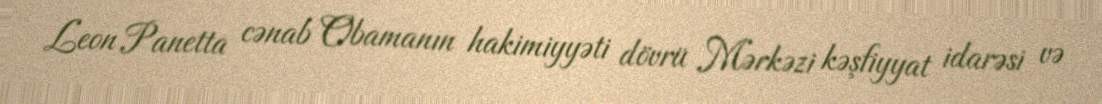
Leon Panetta cənab Obamanın hakimiyyəti dövrü Mərkəzi kəşfiyyat idarəsi və